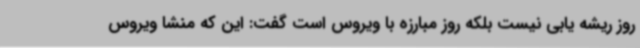
روز ریشه یابی نیست بلکه روز مبارزه با ویروس است گفت: این که منشا ویروس